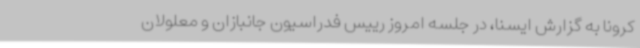
کرونا به گزارش ایسنا، در جلسه امروز رییس فدراسیون جانبازان و معلولان